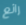
رائع